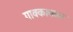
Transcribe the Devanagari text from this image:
गावकावळा